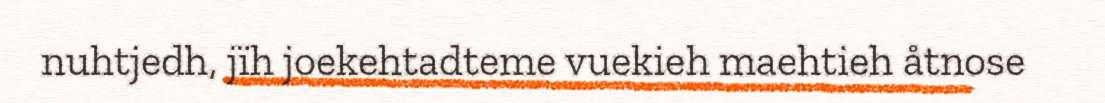
nuhtjedh, jïh joekehtadteme vuekieh maehtieh åtnose